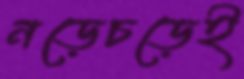
নড়েচড়েই